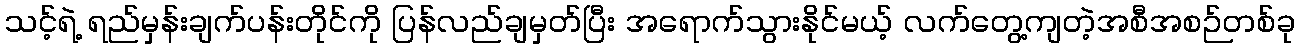
သင့်ရဲ့ ရည်မှန်းချက်ပန်းတိုင်ကို ပြန်လည်ချမှတ်ပြီး အရောက်သွားနိုင်မယ့် လက်တွေ့ကျတဲ့အစီအစဉ်တစ်ခု